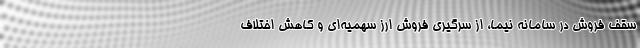
سقف فروش در سامانه نیما، از سرگیری فروش ارز سهمیه‌ای و کاهش اختلاف